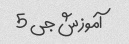
آموزش جی 5